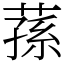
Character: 蓀